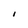
Character: l